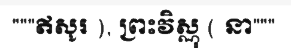
"""ឥសូរ ), ព្រះវិស្ណុ ( នា"""